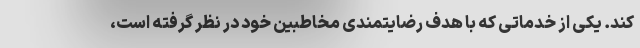
کند. یکی از خدماتی که با هدف رضایتمندی مخاطبین خود در نظر گرفته است،